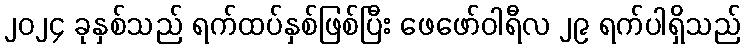
၂၀၂၄ ခုနှစ်သည် ရက်ထပ်နှစ်ဖြစ်ပြီး ဖေဖော်ဝါရီလ ၂၉ ရက်ပါရှိသည်